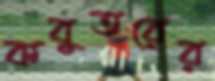
কবুতরের